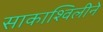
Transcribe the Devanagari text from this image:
साकाश्विलीने